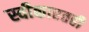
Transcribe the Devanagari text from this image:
स्वीकारतही